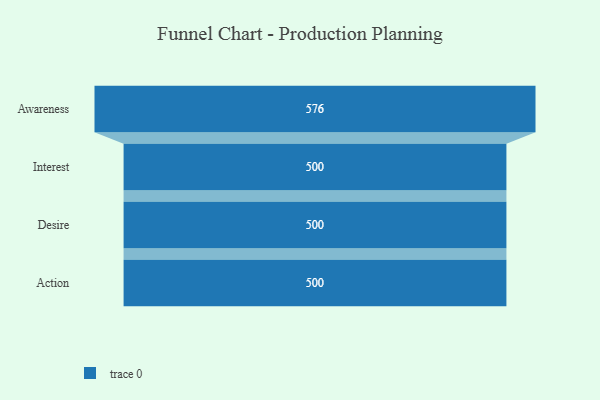
{"axis": {"x": "Stage", "y": "Value"}, "legend": [""], "data": [{"x": "Awareness", "y": 576.0, "type": ""}, {"x": "Interest", "y": 500, "type": ""}, {"x": "Desire", "y": 500, "type": ""}, {"x": "Action", "y": 500, "type": ""}]}